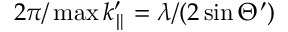
2 \pi / \operatorname* { m a x } k _ { \parallel } ^ { \prime } = \lambda / ( 2 \sin \Theta ^ { \prime } )